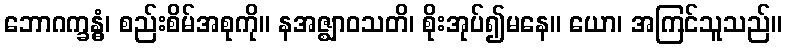
ဘောဂက္ခန္ဓံ၊ စည်းစိမ်အစုကို။ နအဇ္ဈာဝသတိ၊ စိုးအုပ်၍မနေ။ ယော၊ အကြင်သူသည်။